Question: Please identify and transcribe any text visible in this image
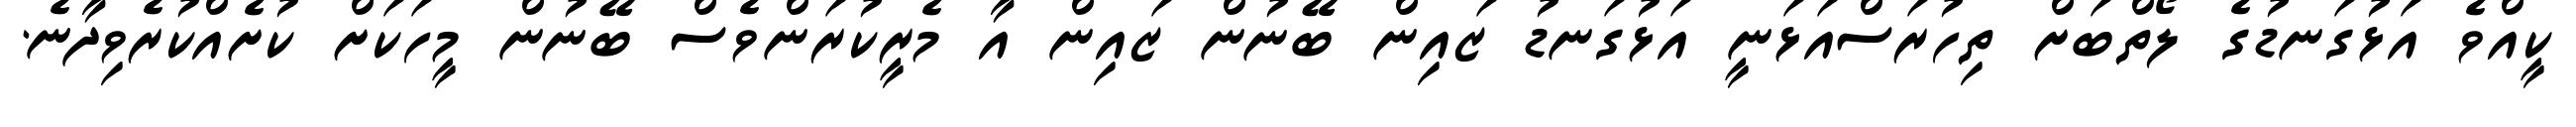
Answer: ކީއްވެ އަޅުގަނޑުގެ ލޯތްބަށް ތިހުރަސްއަޅަނީ އަޅުގަނޑު ޒައިން ބޭނުން ޒައިން އާ މެރީކުރަންވެސް ބޭނުން މީހަކަށް ކުށެއްކުރެވިދާނެ.